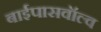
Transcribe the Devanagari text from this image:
बाईपासवॉल्व